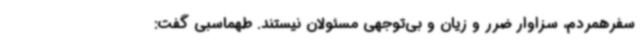
سفرهمردم، سزاوار ضرر و زیان و بی‌توجهی مسئولان نیستند. طهماسبی گفت: